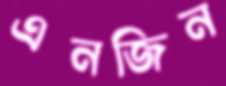
এনজিন